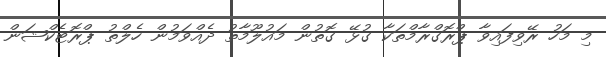
މި މަހު ރޭވިފައިވާ ޕްރޮގްރާމްތަކާ ގުޅޭ ގޮތުން މައުލޫމާތު ދެއްވަމުން ހެލްތު ޕްރޮޓެކްޝަން